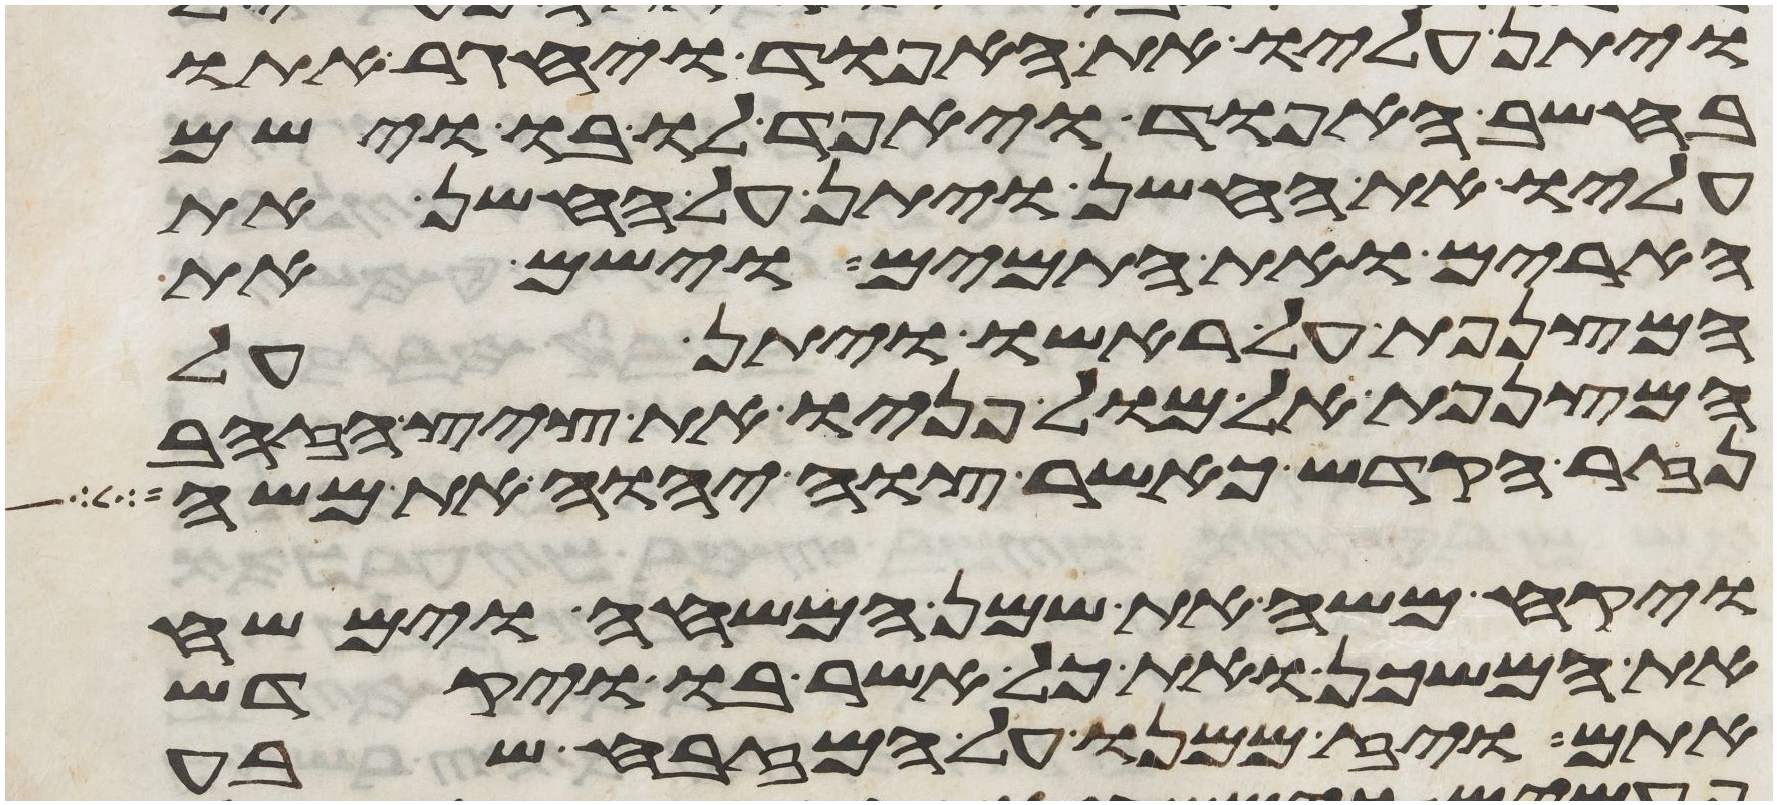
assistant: ויתן עליו את האפוד ויחגר אתו
בחשב האפוד ויאפד לו בו וישם
עליו את החשן ויתן על החשן את
הארים ואת התמים וישם את
המצנפת על ראשו ויתן על
המצנפת אל מול פניו את ציץ הזהב
נזר הקדש כאשר צוה יהוה את משה
ויקח משה את שמן המשחה וימשח
את המשכן ואת כל אשר בו ויקדש
אתם ויז ממנו על המזבח שבע